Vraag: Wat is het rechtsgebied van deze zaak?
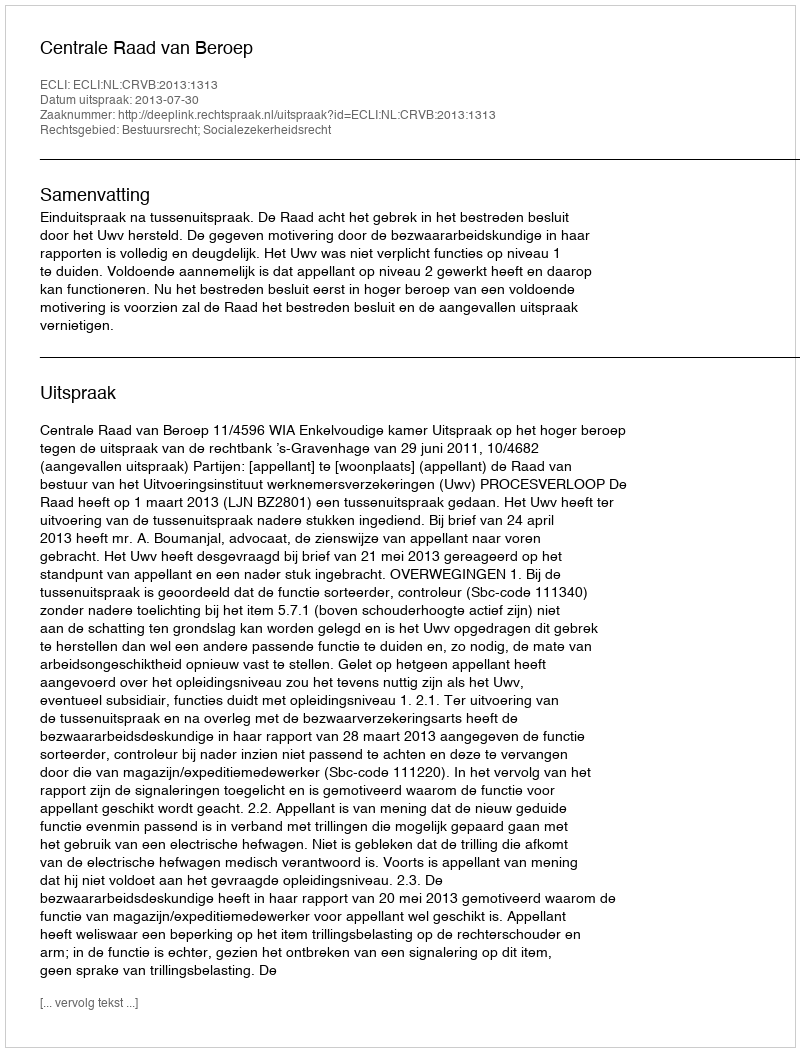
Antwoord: Bestuursrecht; Socialezekerheidsrecht